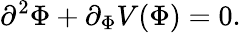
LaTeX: \partial^{2}\Phi+\partial_{\Phi}V(\Phi)=0.